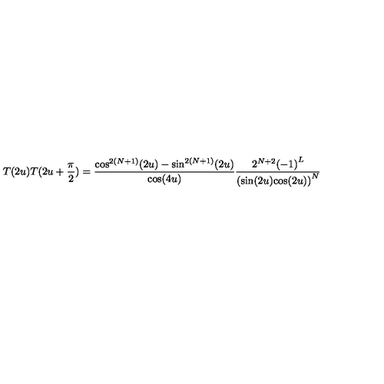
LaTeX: T ( 2 u ) T ( 2 u + \frac { \pi } { 2 } ) = \frac { { \cos } ^ { 2 ( N + 1 ) } ( 2 u ) - { \sin } ^ { 2 ( N + 1 ) } ( 2 u ) } { \cos ( 4 u ) } \frac { 2 ^ { N + 2 } { ( - 1 ) } ^ { L } } { ( { { \sin } ( 2 u ) { \cos } ( 2 u ) ) } ^ { N } }